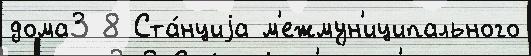
дома3 8 Ста́нциjа м'ежмун'иципального